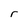
Character: r